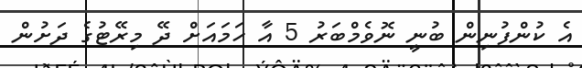
އެ ކުންފުނިން ބުނީ ނޮވެމްބަރު 5 އާ ހަމައަށް ދޭ މިރޭޓުގެ ދަށުން